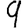
Digit: 9